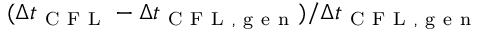
( \Delta t _ { \mathrm { ~ C ~ F ~ L ~ } } - \Delta t _ { \mathrm { ~ C ~ F ~ L ~ , ~ g ~ e ~ n ~ } } ) / \Delta t _ { \mathrm { ~ C ~ F ~ L ~ , ~ g ~ e ~ n ~ } }